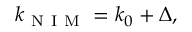
k _ { \mathrm { ~ N ~ I ~ M ~ } } = k _ { 0 } + \Delta ,